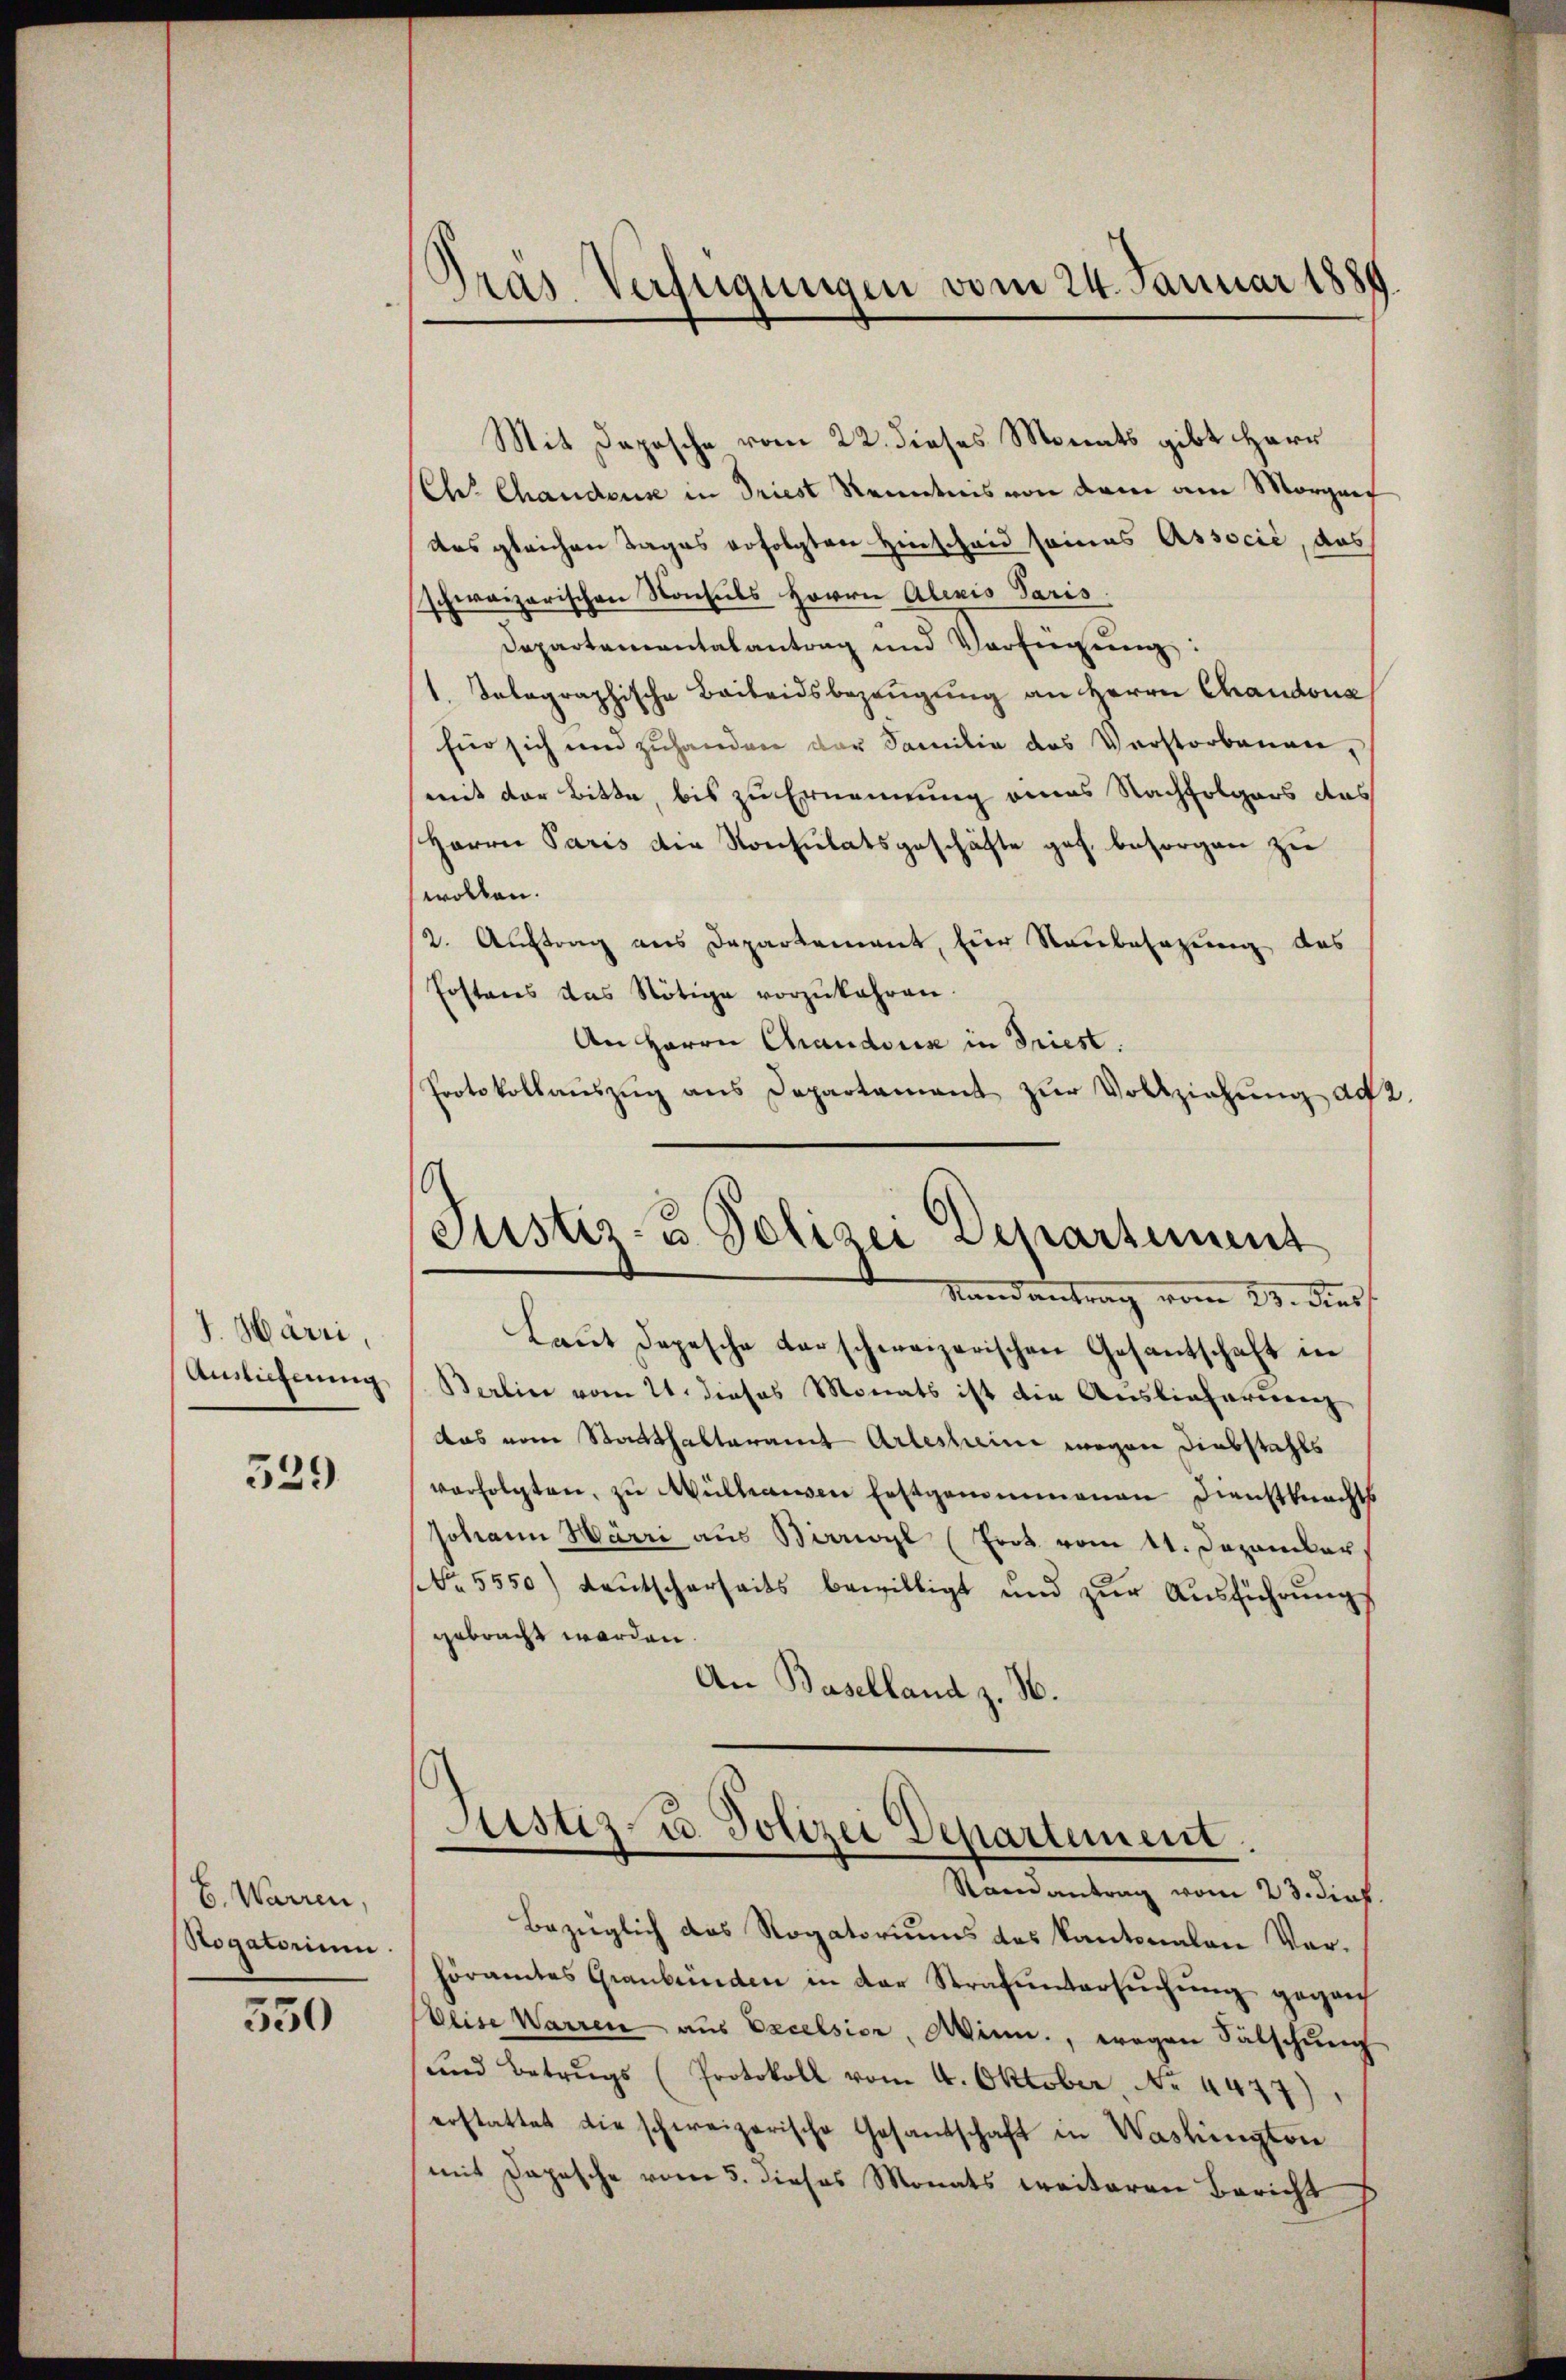
I. Harri,
Auslieferung

529

E. Warren,
Rogatorium.

550

Pras Verfügungen vom 24. Januar 1889

Mit Daposche vom 22. dieses Monats gibt Herr
Ch. Chanders in Triest Kenntnis von dem am Morgenf
des gleichen Tages erfolgten Hinscheid seines Associć, das
schwarzarischen Konsuls Herrn Aliris Paris
Dapartamentalantrag und Verfügŭng:
1 talographische Beibeidsbezeugung an Herrn Chaudona
für sich und zuhanden der Familie das Verstorbenen,
mit der Bitte, bis zu Ernennung eines Nachfolgers das
Herrn Paris die Konsulatsgeschäfte geh. besorgen zu
wollen.
2. Auftrag aus Departement, für Neubesazung des
Postens das Nötige vorzŭkahren.
An Herrn Chaudonis in Triest.
Protokollaŭszŭg ans Departament zŭr Vollziehung ad 2.

Justiz- u. Polizei Departement

Randantrag vom 23. dies
Laŭt Depesche darschweizerischen Gesantschaft in
Berline vom 21. dieses Monats ist die Auslieferung
Das vom Statthalteramt Arleshin wegen Diebstahls
verfolgten, zu Mülhausen Erstgenommenen Dienstknechts
Johann Härri aus Birrigl (Frot vom 11. Dezember
Nr. 5550) deŭtscherheits bewilligt und zŭr Aŭsführŭngs
gebracht worden.
An Baselland z. H.
Justiz- u. Polizei Departement.
Randantrag vom 23. dief.
Bezüglich das Rogatoriums des Kantonalen Vorhöramtes Graubünden in der Strafuntersuchung gegan
Elise Warren aus Excelsior, Winn, wegen Fälschung
und Betrugs (Protokoll vom 4. Oktober, No. 4477)
erstattet die schweizerische Gesandschaft in Washington
mit Depesche vom 5. dieses Monats weiteren Bericht